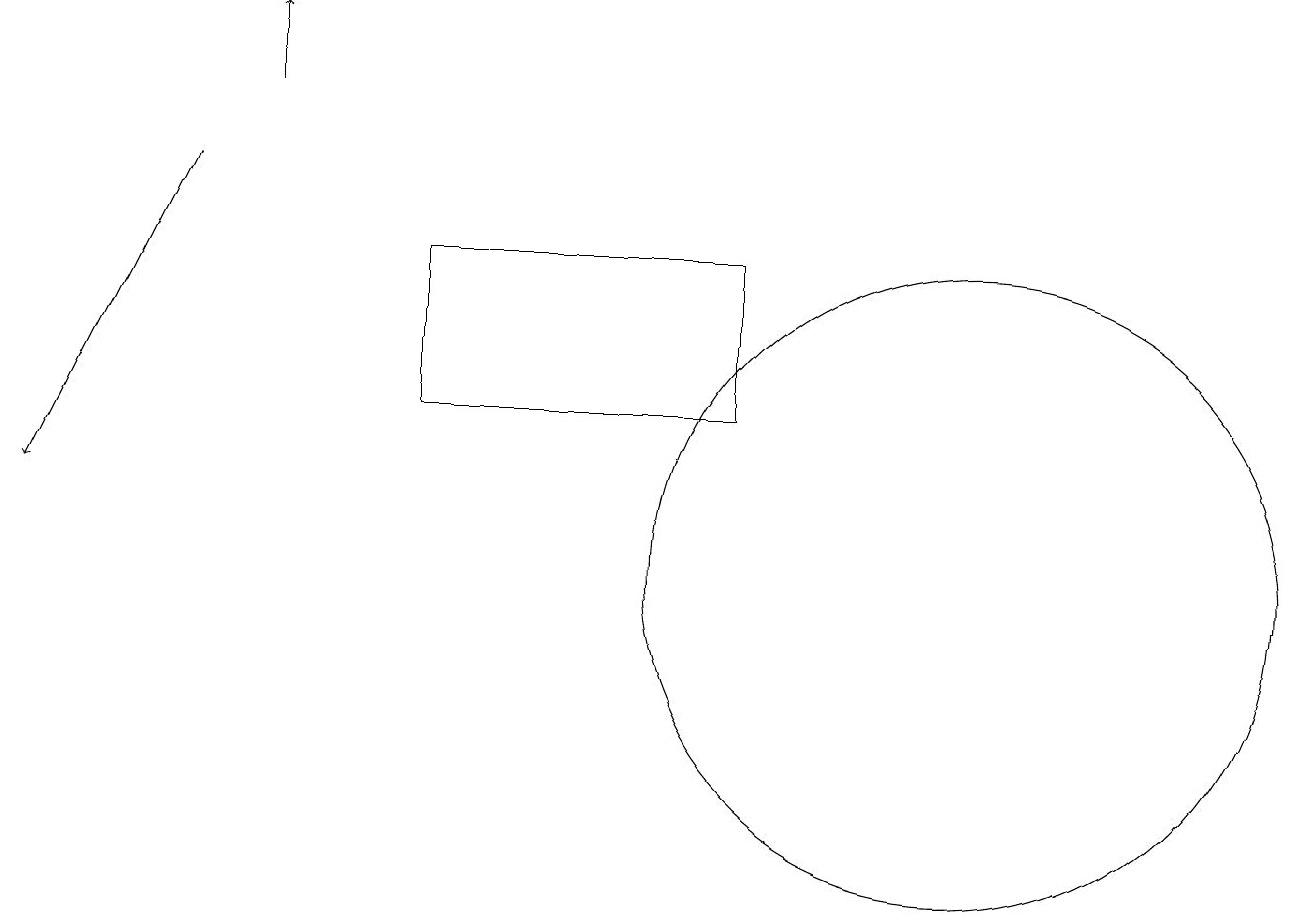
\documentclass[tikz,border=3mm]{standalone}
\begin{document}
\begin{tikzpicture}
\draw[->] (2,16) -- (0,12);
\draw[->] (3,17) -- (3,18);
\draw (12,11) circle (4);
\draw (5,13) rectangle (9,15);
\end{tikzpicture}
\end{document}